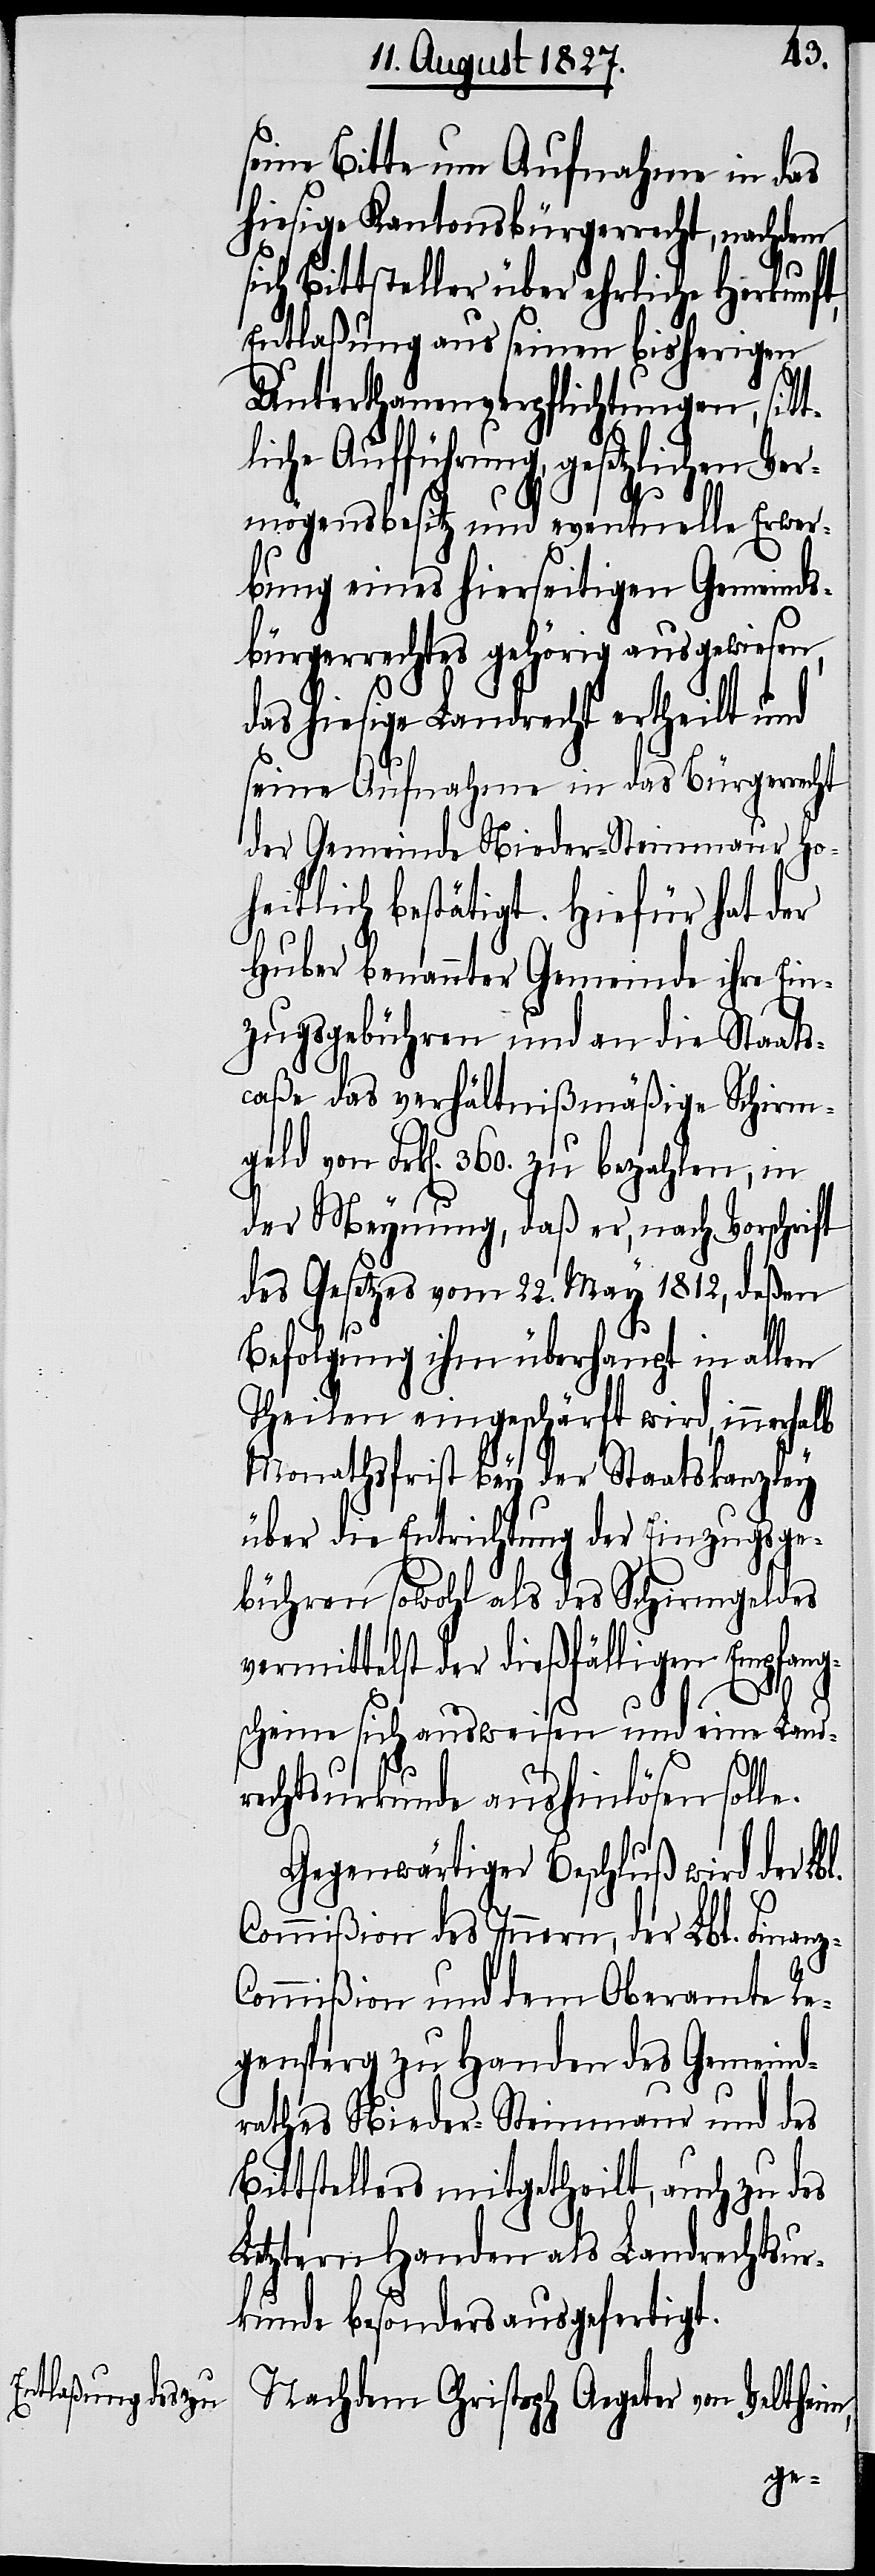
l.

seine Bitte um Aufnahme in das
hiesige Kantonsbürgerrecht, nachdem
ich Bittsteller über ehrliche Herkunft,
Entlaßung aus seinen bisherigen
Unterthanenverpflichtungen, sitt¬
liche Aufführung, gesetzlichen Ver¬
mögensbesitz und eventuelle Erwer¬
bung eines hierseitigen Gemeinds¬
bürgerrechtes gehörig ausgewiesen,
das hiesige Landrecht ertheilt und
seine Aufnahme in das Bürgerrecht
der Gemeinde Nieder-Steinmaur Ho¬
heitlich bestätigt. Hiefür hat der
Huber benannter Gemeinde ihre Ein¬
zugsgebühren und an die Staats¬
caße das verhältnißmäßige Schirm¬
geld von Frk[en]. 360. zu bezahlen, in
der Meynung, daß er, nach Vorschrift
des Gesetzes vom 22. May 1812, deßen
Befolgung ihm überhaupt in allen
Theilen eingeschärft wird, innerhalb
Monathsfrist bey der Staatskanzley
über die Entrichtung der Einzugsge¬
bühren sowohl als des Schirmgeldes
vermittelst der dießfälligen Empfangs¬
scheine sich ausweisen und eine Land¬
z-C¬
rechtsurkunde aushinlösen soll¬
Gegenwärtiger Beschluß wird der Lb¬
Commißion des Innern, der Lbl. Finan¬
ommißion und dem Oberamte Re¬
gensperg zu Handen des Gemeind¬
rathes Nieder-Steinmaur und des
Bittstellers mitgetheilt, auch zu des
Letztern Handen als Landrechtsur¬
kunde besonders ausgefertigt.
Nachdem Christoph Aegeter von Veltheim,